Kaarli_hariduselts_Sade, lk 9
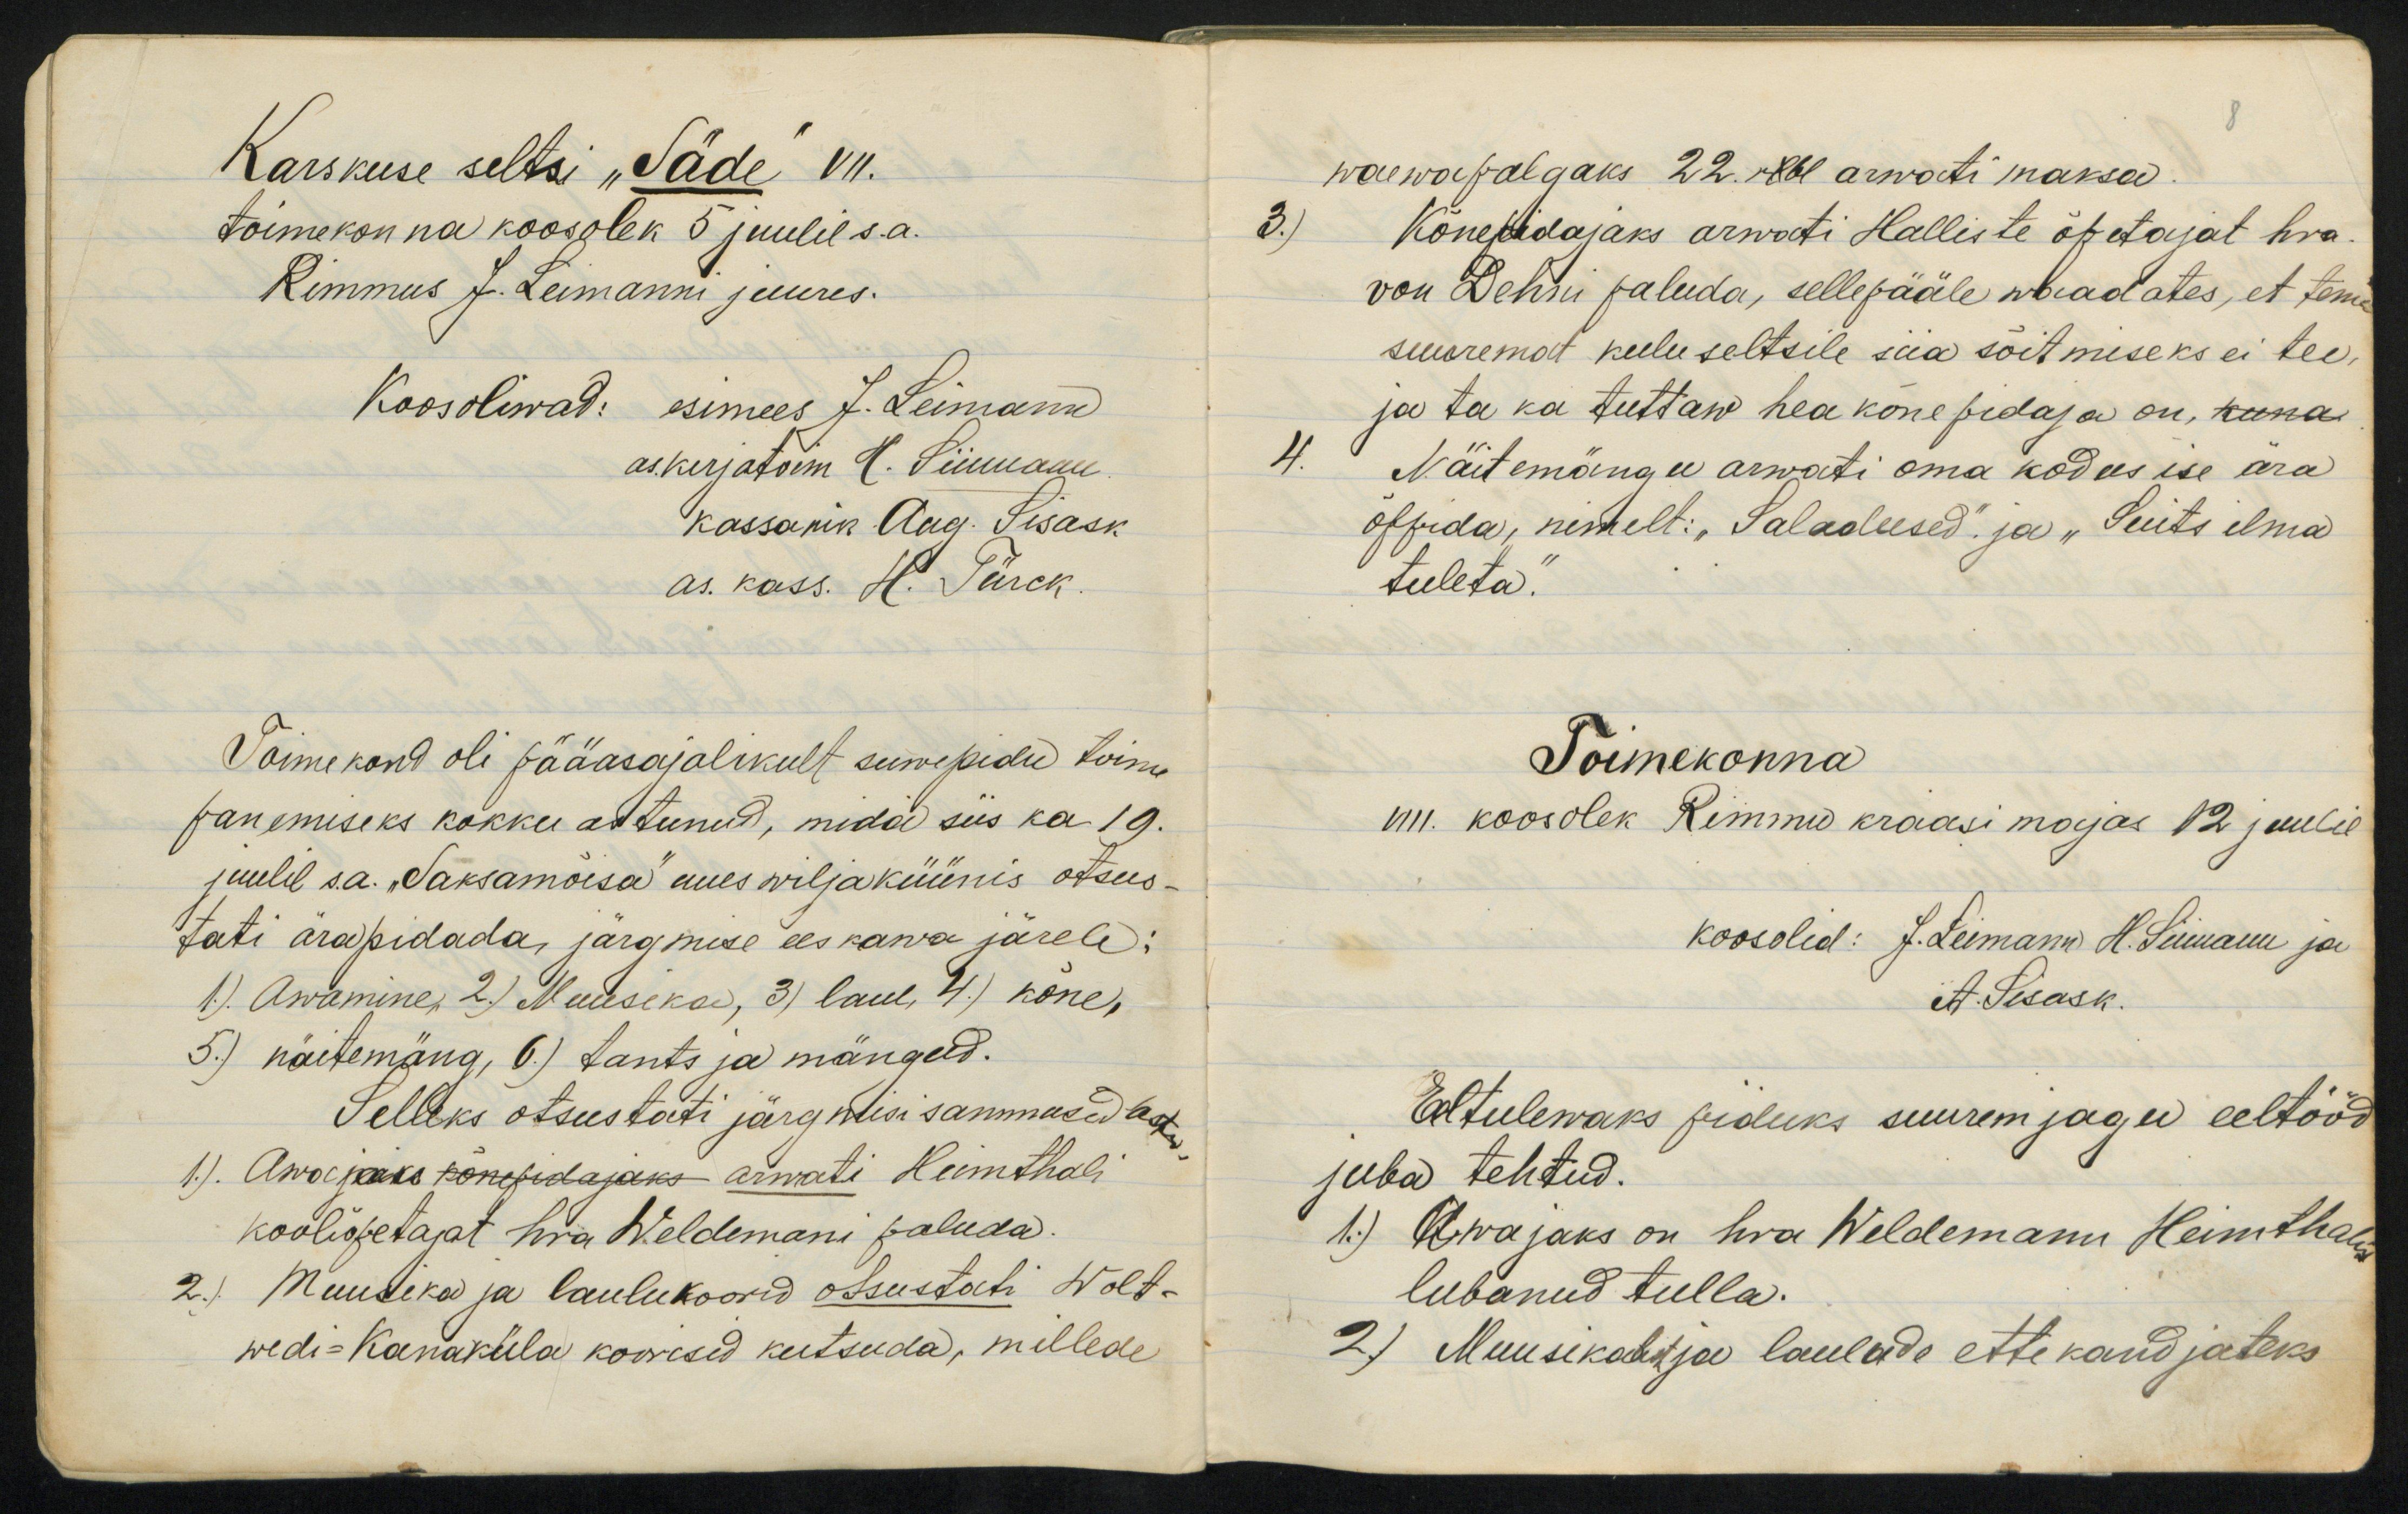
Karskuse seltsi "Täde vn.toimekon na koosolek 5 juulil s.a.Rimmus J. Leimanni juures.Koosoliwad:esimees J. LeimannVõimekond oli pääasajalikult suwepidu toimpanemiseks kokku astunud, mida siis ka 19.juulel sa. "Saksamõisa uues wiljaküünis otsus.Jati arapidada, järgmise ees kawa järele:1). Awamine 2) Muusikas, 3) laul, 4) kõne,5) näitemäng, 6) Lants ja mängeld.Selleks otsustäti järgidisi sammasedaa1). Aworkoks konepidajaks arwati Hemtholikoolioetajat hra Weldemani paluda.2) Muutikad ja laulukoorid otsustati Wolt-wedi-Kanaküla koorisid kutsuda, millede

waewapalgaks 22 rbl arwati maksa
3.) Kõnepidajaks arwati Halliste õpetajat hra
von Dehni paluda, sellepääle waadates, et tema
suuremat keelu seltsile siia sõitmiseks ei tee,
ja ta ka tuttaw hea kõnepidaja on, kuna
4. Näitemängu arwati oma kodus ise ära
õppida, nimelt: "Saladused." ja "Suits ilma
tuleta."
Toimekonna
VIII. koosolek Rimmu kraasi majas 12 juulil
koosolid: J. Leimann H. Leimann ja
A. Sisask.
Eeltulewaks piduks suurem jagu eeltööd
juba tehtud.
1) Awajaks on hra Weldemann Heimthalis
lubanud tulla.
2) Muusikat ja laulude ettekandjateks